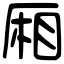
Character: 厢